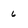
Character: 6